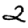
Digit: 2